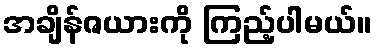
အချိန်ဇယားကို ကြည့်ပါမယ်။